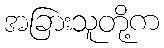
အခြားသူတို့က